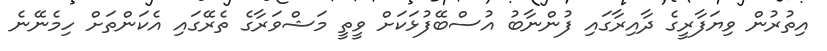
އިތުރުން ވިޔަފާރީގެ ދާއިރާގައި ފުންނާބު އުސްބޭފުޅަކަށް ވީތީ މަޝްވަރާގެ ތެރޭގައި އެކަންތަށް ހިމެނޭނެ